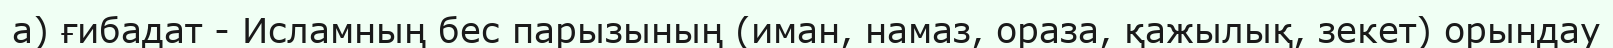
а) ғибадат - Исламның бес парызының (иман, намаз, ораза, қажылық, зекет) орындау